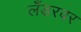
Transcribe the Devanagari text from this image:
लँडरवर